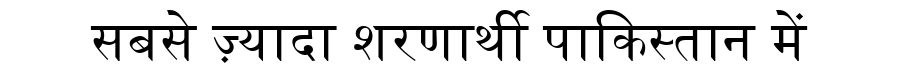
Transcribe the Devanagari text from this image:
सबसे ज़्यादा शरणार्थी पाकिस्तान में